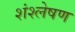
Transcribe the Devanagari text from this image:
शंश्लेषण